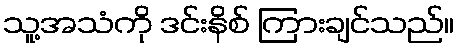
သူ့အသံကို ဒင်းနိစ် ကြားချင်သည်။